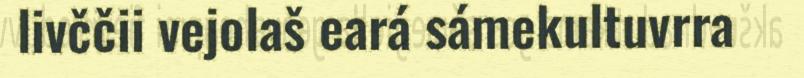
livččii vejolaš eará sámekultuvrra